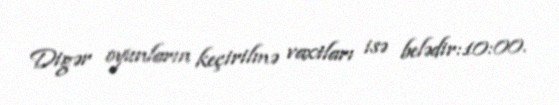
Digər oyunların keçirilmə vaxtları isə belədir:10:00.